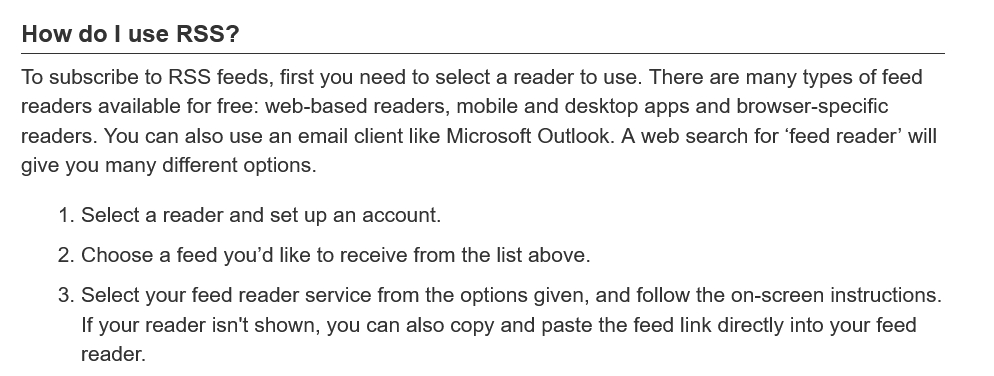
How  do | use RSS?
  To subscribe to RSS feeds, first you need to select a reader to use. There are many types of feed
   readers available for free: web-based readers, mobile and desktop apps and browser-specific
   readers. You can also use an email client like Microsoft Outlook. A web search for ‘feed reader’ will
   give you many different options.
     1. Select a reader and set up an account.
     2. Choose a feed you'd like to receive from the list above.
     3. Select your feed reader service from the options given, and follow the on-screen instructions.
     If your reader isn't shown, you can also copy and paste the feed link directly into your feed
     reader.